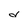
Character: d